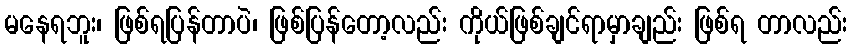
မနေရဘူး၊ ဖြစ်ရပြန်တာပဲ၊ ဖြစ်ပြန်တော့လည်း ကိုယ်ဖြစ်ချင်ရာမှာချည်း ဖြစ်ရ တာလည်း